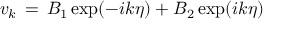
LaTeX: v _ { k } \, = \, B _ { 1 } \exp ( - i k \eta ) + B _ { 2 } \exp ( i k \eta )